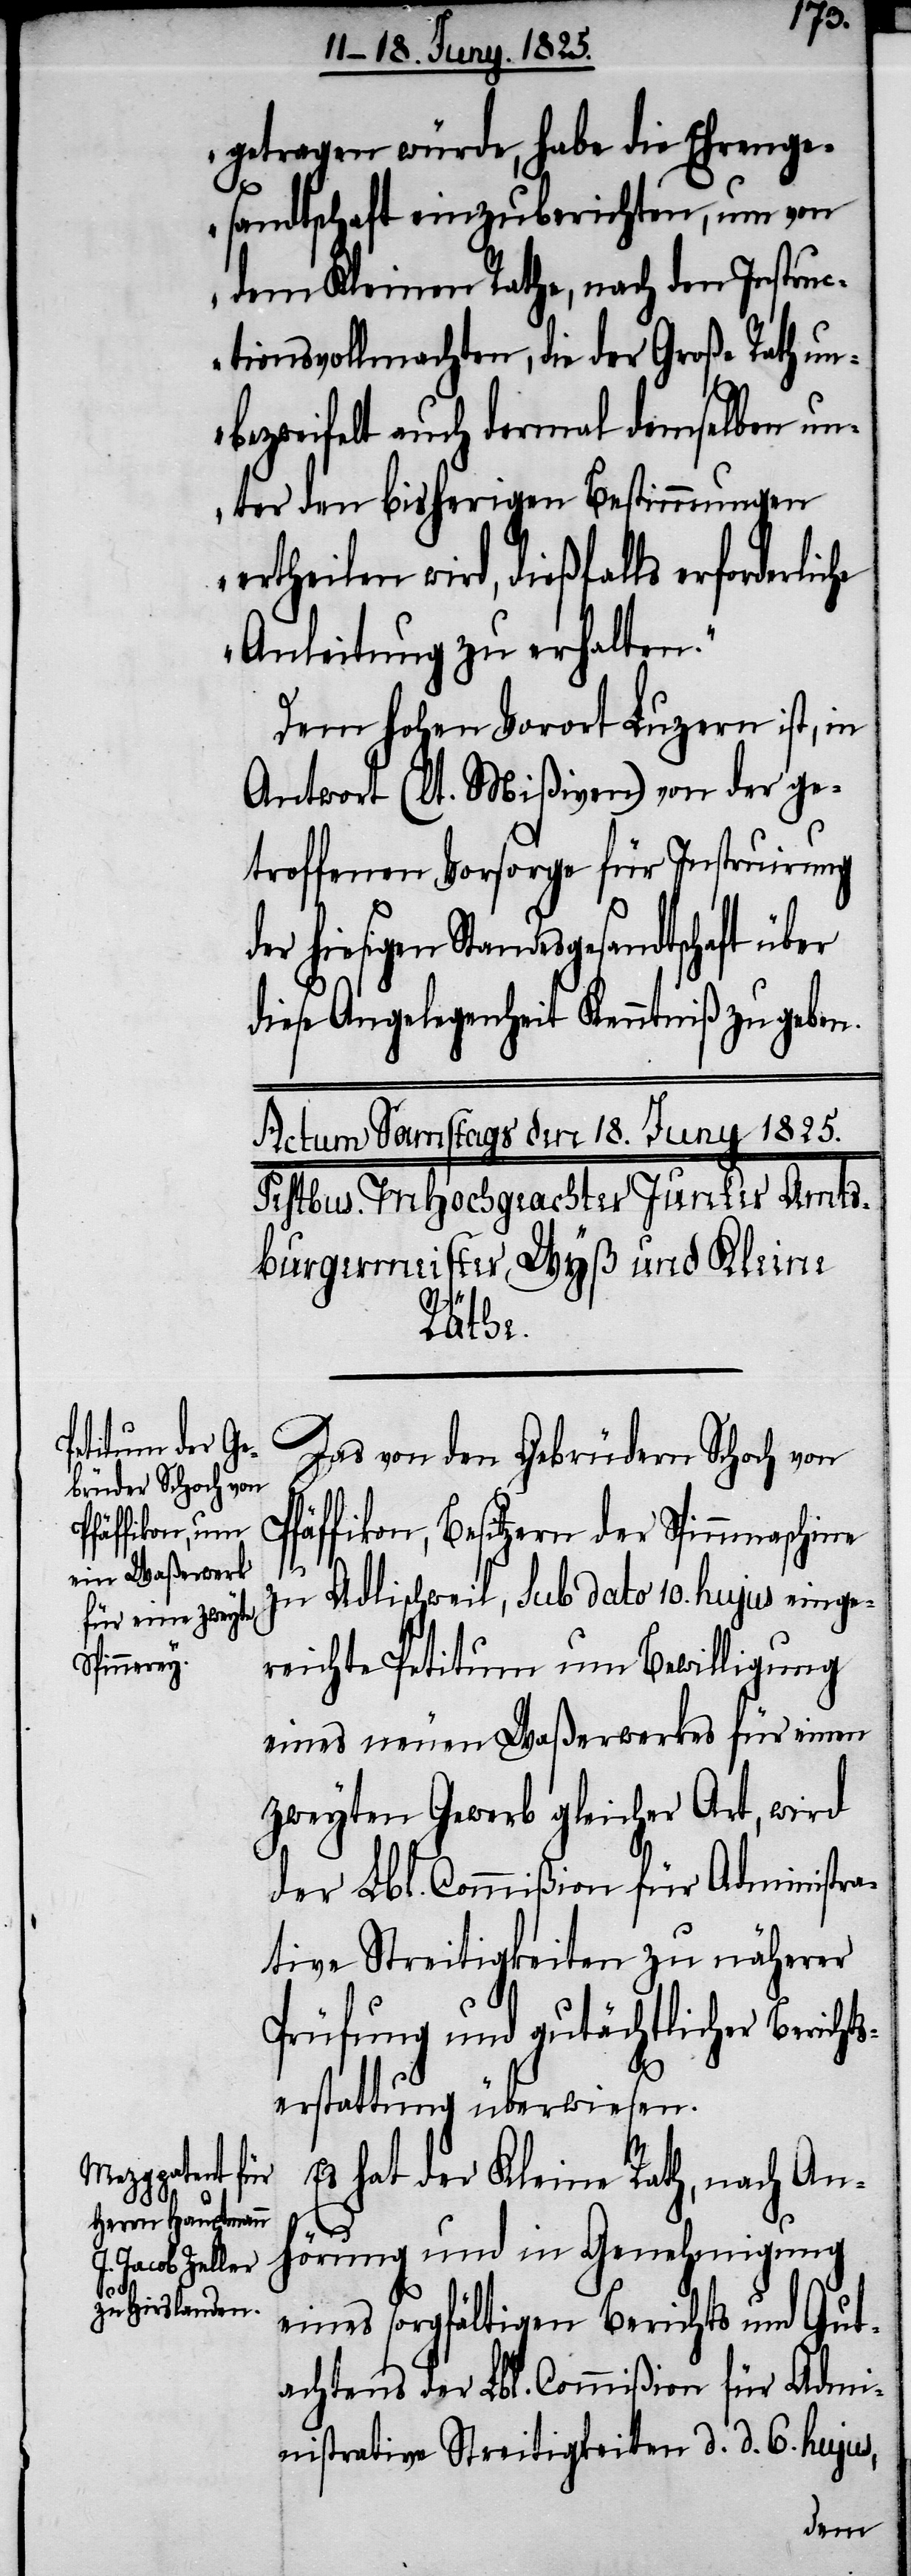
getragen würde, habe die Ehrenge¬
sandtschaft einzuberichten, um von
dem Kleinen Rathe, nach den Instru¬
ctionsvollmachten, die der Große Rath un¬
bezweifelt auch dermal demselben un¬
ter den bisherigen Bestimmungen
ertheilen wird, dießfalls erforderli¬
Anleitung zu erhalten.“
Dem hohen Vorort Luzern ist, in
Antwort (lt. Mißiven) von der ge¬
troffenen Vorsorge für Instruirung
hiesigen Standesgesandtschaft über
diese Angelegenheit Kenntniß zu geben.
Das von den Gebrüdern Schoch von
Pfäffikon, Besitzern der Spinnmaschine
zu Adlischweil, sub dato 10. hujus einge¬
reichte Petitum um Bewilligung
eines neuen Waßerwerkes für einen
zweyten Gewerb gleicher Art, wird
der Lbl. Commißion für Administra¬
tive Streitigkeiten zu näherer
Prüfung und gutächtlicher Berichts¬
erstattung überwiesen.
Es hat der Kleine Rath, nach An¬
der
hörung und in Genehmigung
eines sorgfältigen Berichts und Gut¬
achtens der Lbl. Commißion für Admi¬
nistrative Streitigkeiten d. d. 6. hujus,